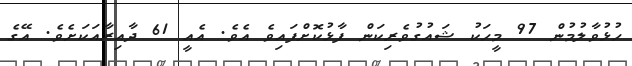
ހުޅުވާލުމުން 97 މީހަކު ޝައުގުވެރިކަން ފާޅުކޮށްފައިވެ އެވެ. އެއީ 61 ދާއިރާއަކަށެވެ. އޭގެ